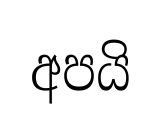
අපයි